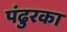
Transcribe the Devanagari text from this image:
पंढुरका